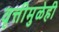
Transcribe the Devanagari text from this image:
वृत्तीमुळेही